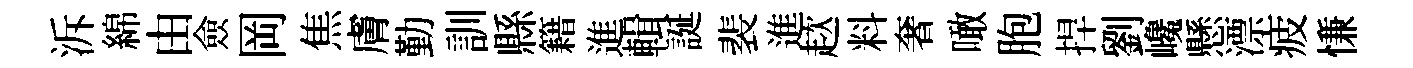
泝綿由僉岡焦膚勤訓縣籍進輯誕裴進趑料奢噉胞捍劉巉懸漂疲慊